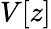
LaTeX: V[z]